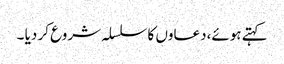
کہتے ہوئے،دعاوں کا سلسلہ شروع کر دیا ۔